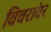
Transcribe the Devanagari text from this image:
विवरांवर